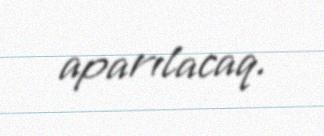
aparılacaq.